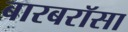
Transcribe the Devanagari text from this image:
बारबरॉसा